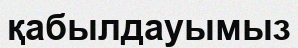
қабылдауымыз